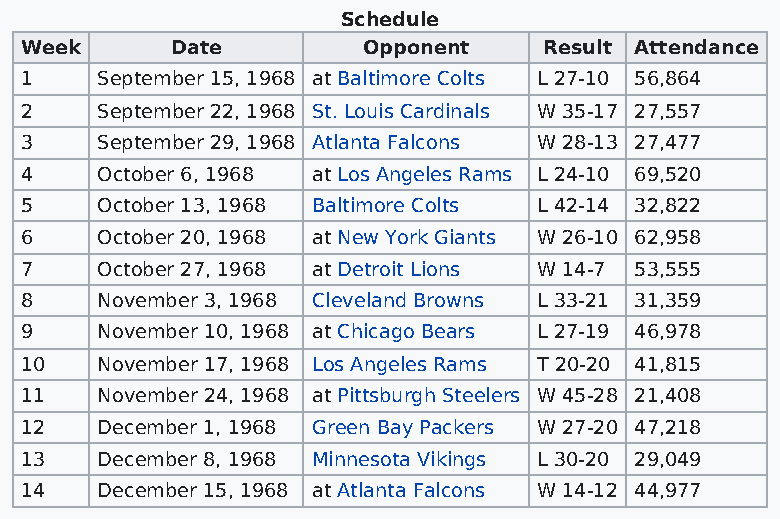
Schedule
 Week      Date         Opponent    Result Attendance
 1    September 15, 1968 at Baltimore Colts L 27-10 56,864
 2    September 22, 1968 St. Louis Cardinals W 35-17 27,557
 3    September 29, 1968 Atlanta Falcons W 28-13 27,477
 4    October 6, 1968 at Los Angeles Rams L 24-10 69,520
 5    October 13, 1968 Baltimore Colts L 42-14 32,822
 6    October 20, 1968 at New York Giants W 26-10 62,958
 7    October 27, 1968 at Detroit Lions W 14-7 53,555
 8    November 3, 1968 Cleveland Browns L 33-21 31,359
 9    November 10, 1968 at Chicago Bears L 27-19 46,978
 10   November 17, 1968 Los Angeles Rams T 20-20 41,815
 11   November 24, 1968 at Pittsburgh Steelers W 45-28 21,408
 12   December 1, 1968 Green Bay Packers W 27-20 47,218
 13   December 8, 1968 Minnesota Vikings L 30-20 29,049
 14   December 15, 1968 at Atlanta Falcons W 14-12 44,977